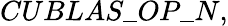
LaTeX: CUBLAS\_ OP\_ N,